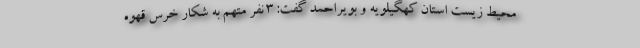
محیط زیست استان کهگیلویه و بویراحمد گفت: ۳ نفر متهم به شکار خرس قهوه